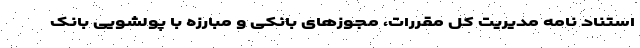
استناد نامه مدیریت کل مقررات، مجوزهای بانکی و مبارزه با پولشویی بانک